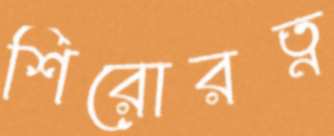
শিরোরত্ন